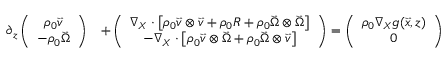
\begin{array} { r l } { \partial _ { z } \left( \begin{array} { c } { \rho _ { 0 } \vec { v } } \\ { - \rho _ { 0 } \vec { \Omega } } \end{array} \right) } & { + \left( \begin{array} { c } { \nabla _ { X } \cdot \left[ \rho _ { 0 } \vec { v } \otimes \vec { v } + \rho _ { 0 } R + \rho _ { 0 } \vec { \Omega } \otimes \vec { \Omega } \right] } \\ { - \nabla _ { X } \cdot \left[ \rho _ { 0 } \vec { v } \otimes \vec { \Omega } + \rho _ { 0 } \vec { \Omega } \otimes \vec { v } \right] } \end{array} \right) = \left( \begin{array} { c } { \rho _ { 0 } \nabla _ { X } g ( \vec { x } , z ) } \\ { 0 } \end{array} \right) } \end{array}